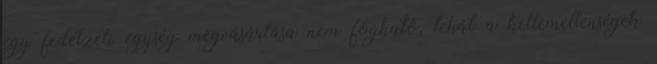
egy fedélzeti egység megvásárlása nem fogható, tehát a kellemetlenségek